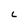
Character: L